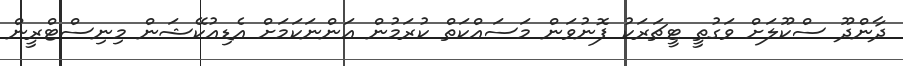
ދާންދޫ ސްކޫލަށް ވަގުތީ ޓީޗަރަކު ފޮނުވަން މަސައްކަތް ކުރަމުން އަންނަކަމަށް އެޑިއުކޭޝަން މިނިސްޓްރީން